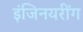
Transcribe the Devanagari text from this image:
इंजिनयरींग